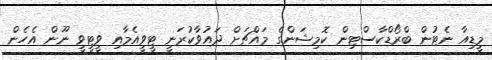
މީޑިއާ ނެޓުން ބްރޯޑްކާސްޓިން ކޮމިޝަންގެ މައްޗަށް ދައުވާކުރަނީ ޓީވީއެމާއި ވީޓީވީ ނޫން އެހެން